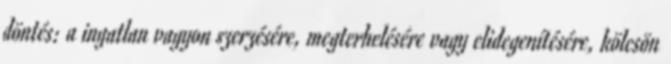
döntés: a ingatlan vagyon szerzésére, megterhelésére vagy elidegenítésére, kölcsön